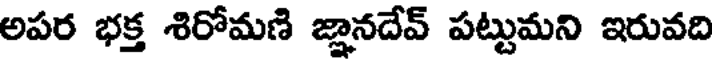
అపర భక్త శిరోమణి జ్ఞానదేవ్ పట్టుమని ఇరువది